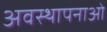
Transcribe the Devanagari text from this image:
अवस्थापनाओ